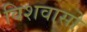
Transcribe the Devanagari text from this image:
विशवासो